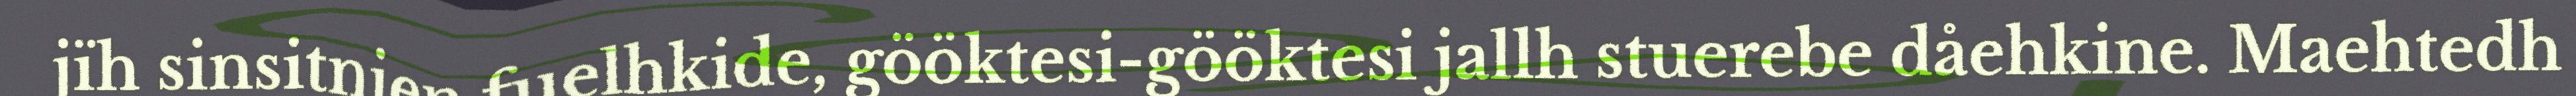
jïh sinsitnien fuelhkide, gööktesi-gööktesi jallh stuerebe dåehkine. Maehtedh